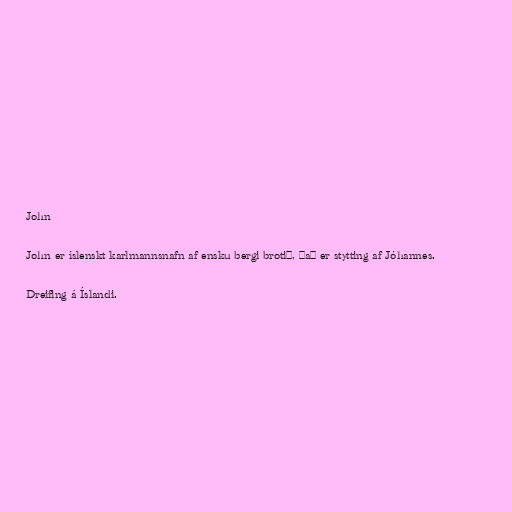
John

John er íslenskt karlmannsnafn af ensku bergi brotið, það er stytting af Jóhannes.

Dreifing á Íslandi.